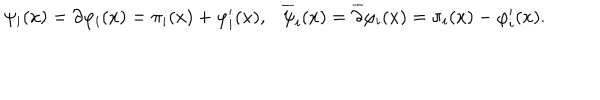
\psi _ { i } ( x ) = \partial \varphi _ { i } ( x ) = \pi _ { i } ( x ) + \varphi _ { i } ^ { \prime } ( x ) , \ \ \ { \overline { { \psi } } } _ { i } ( x ) = { \overline { { \partial } } } \varphi _ { i } ( x ) = \pi _ { i } ( x ) - \varphi _ { i } ^ { \prime } ( x ) .